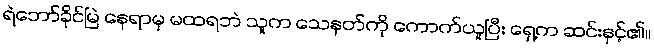
ရဲဘော်ခိုင်မြဲ နေရာမှ မထရဘဲ သူက သေနတ်ကို ကောက်ယူပြီး ရှေ့က ဆင်းနှင့်၏။